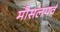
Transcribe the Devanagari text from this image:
मौसलपर्व